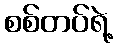
စစ်တပ်ရဲ့